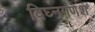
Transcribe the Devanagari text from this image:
विघ्नगणेश